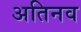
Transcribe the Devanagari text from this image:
अतिनव